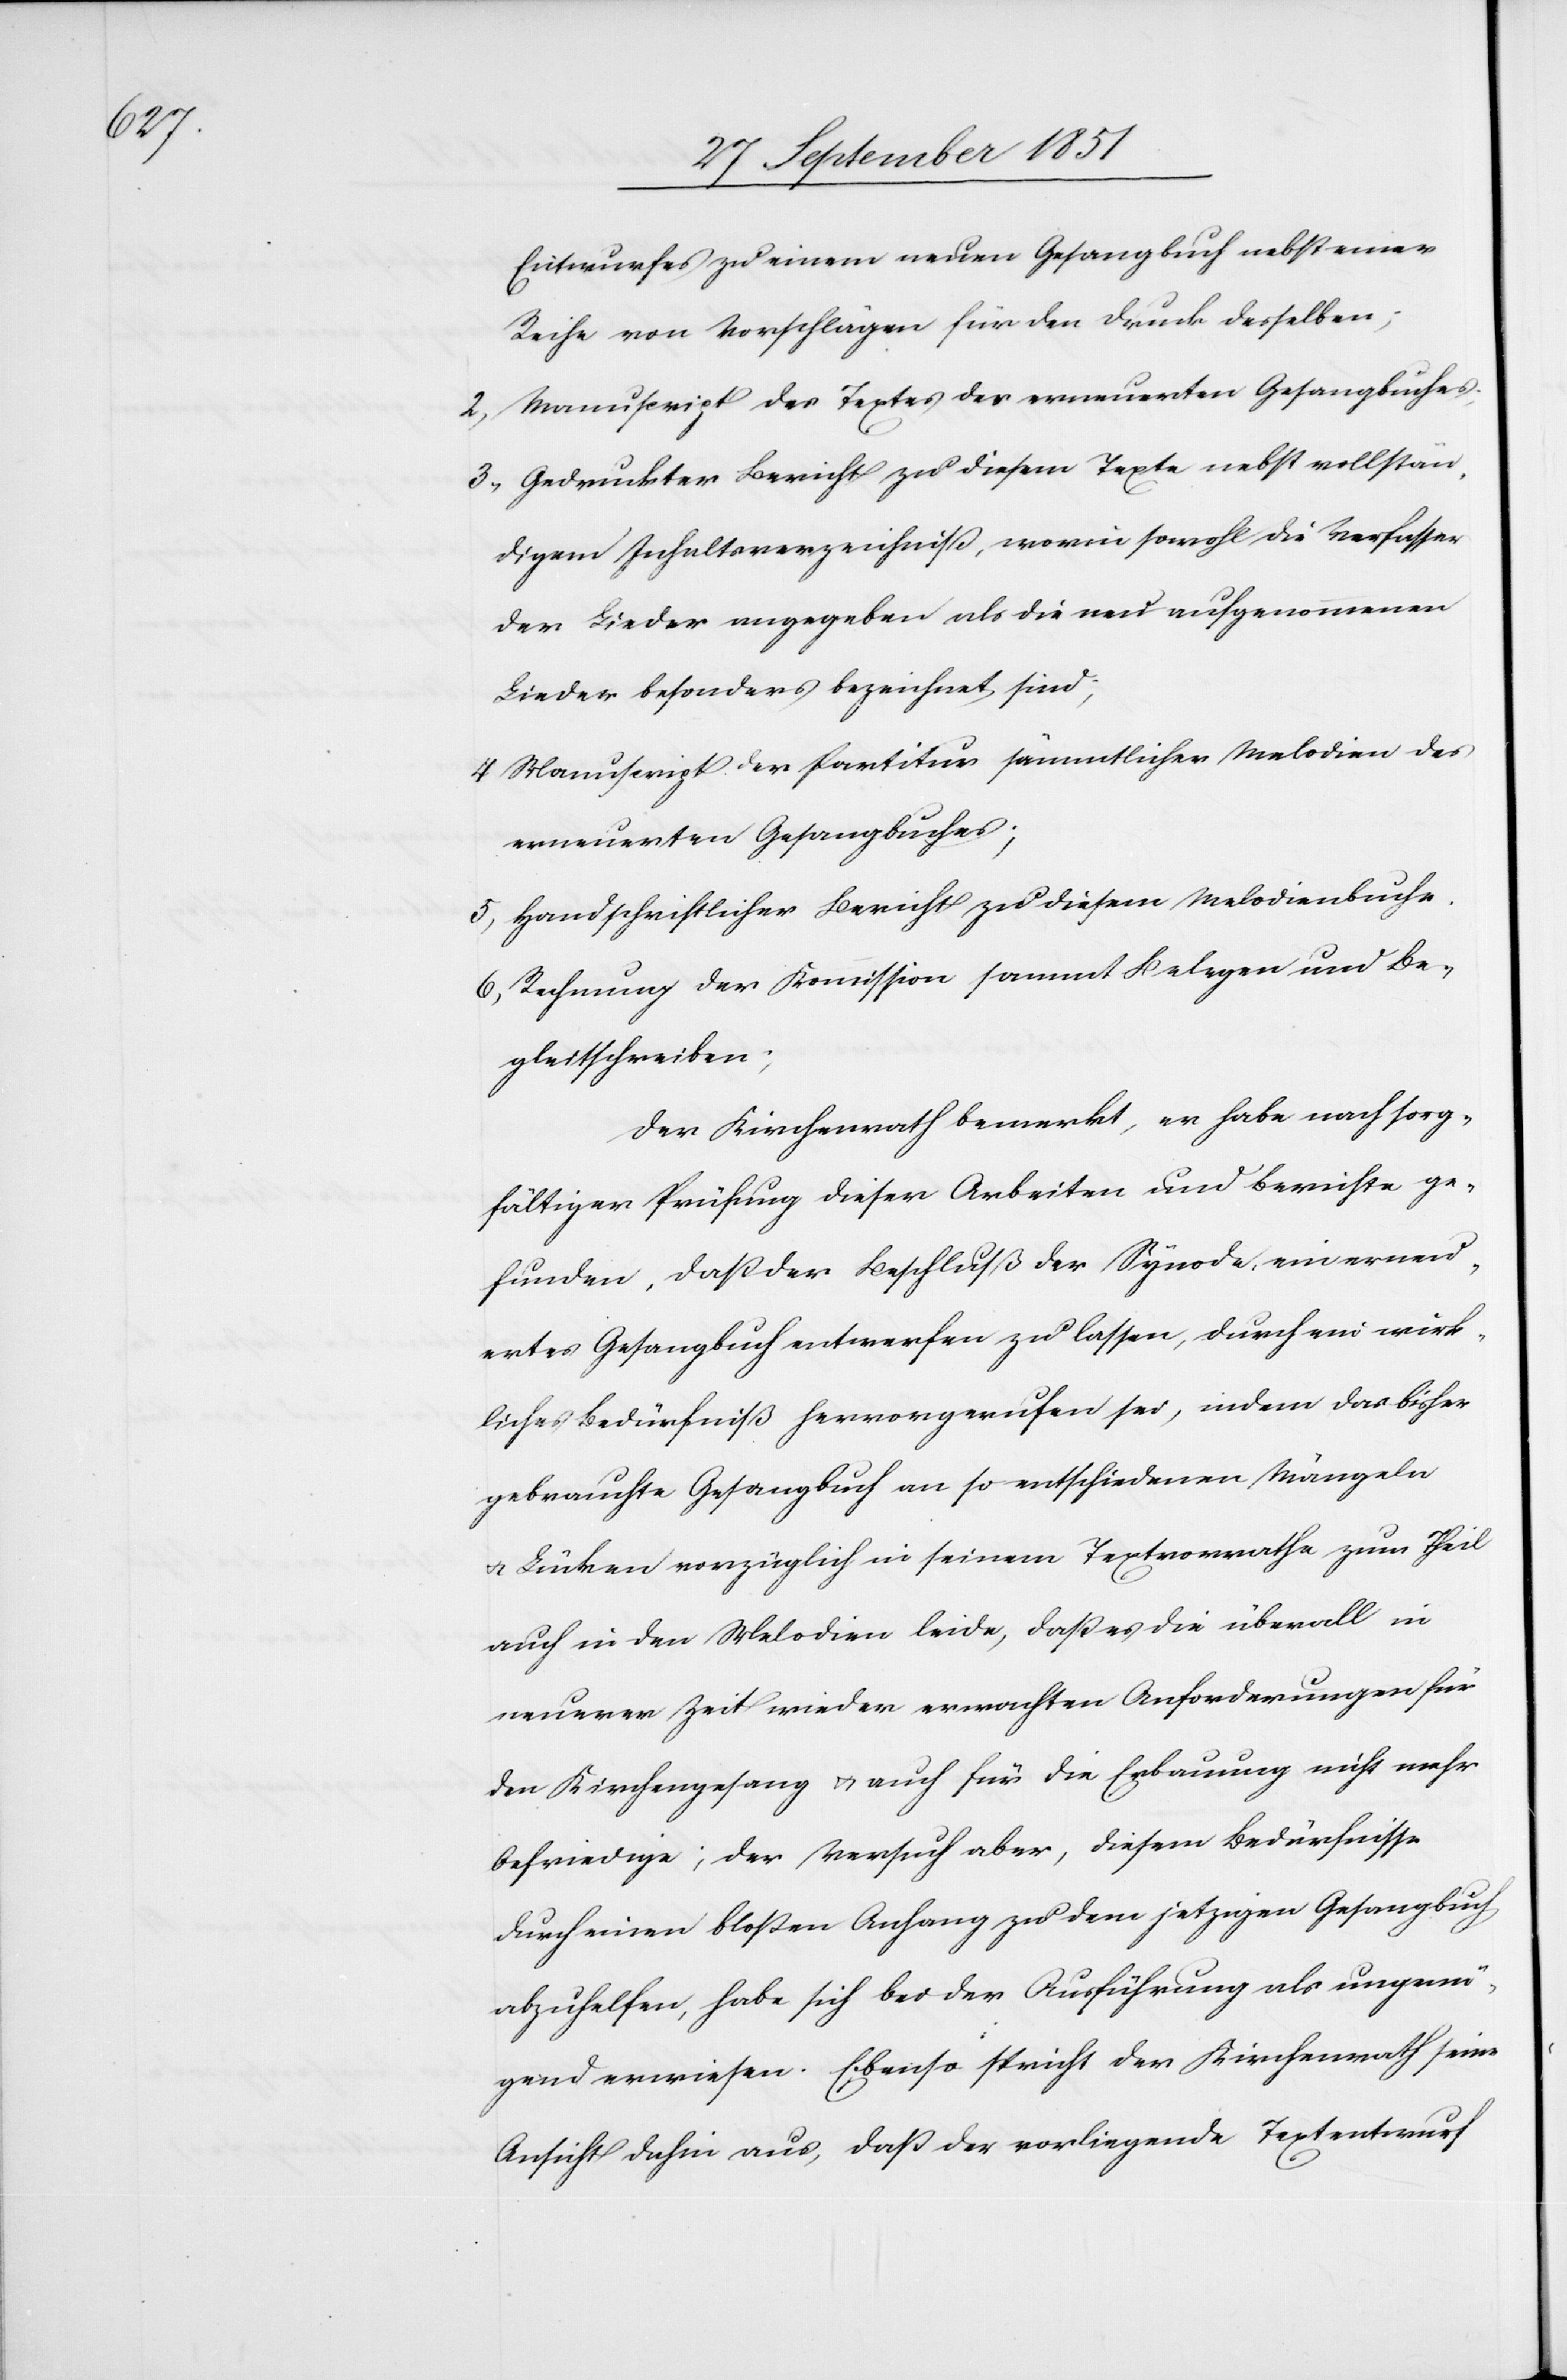
Entwurfes zu einem neuen Gesangbuch nebst einer
Reihe von Vorschlägen für den Druck desselben;
Manuscript des Textes des erneuerten Gesangbuches;
Gedruckter Bericht zu diesem Texte nebst vollstän¬
digem Inhaltsverzeichniß, worin sowohl die Verfasser
der Lieder angegeben als die neu aufgenommenen
Lieder besonders bezeichnet sind;
Manuscript der Partitur sämmtlicher Melodien des
erneuerten Gesangbuches;
Handschriftlicher Bericht zu diesem Melodienbuche.
Rechnung der Kommission sammt Belegen und Be¬
gleitschreiben;
Der Kirchenrath bemerkt, er habe nach sorg¬
fältiger Prüfung dieser Arbeiten und Berichte ge¬
funden, daß der Beschluß der Synode, ein erneu¬
ertes Gesangbuch entwerfen zu lassen, durch ein wirk¬
liches Bedürfniß hervorgerufen sei, indem das bisher
gebrauchte Gesangbuch an so entschiedenen Mängeln
& Lücken vorzüglich in seinem Textvorrathe zum Theil
auch in den Melodien leide, daß es die überall in
neuerer Zeit wieder erwachten Anforderungen für
den Kirchengesang & auch für die Erbauung nicht mehr
befriedige; der Versuch aber, diesem Bedürfnisse
durch einen bloßen Anhang zu dem jetzigen Gesangbuch
abzuhelfen, habe sich bei der Ausführung als ungenü¬
gend erwiesen. Ebenso spricht der Kirchenrath seine
Ansicht dahin aus, daß der vorliegende Textentwurf